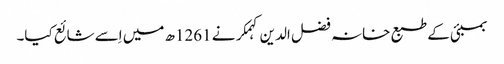
بمبئی کے طبع خانہ فضل الدین کہمکر نے 1261ھ میں اِسے شائع کیا۔